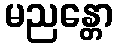
မညန္တော